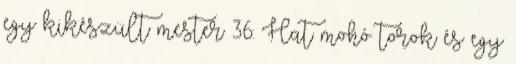
egy kikészült mester 36: Hat mohó torok és egy